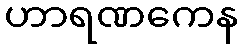
ဟာရဏကေန